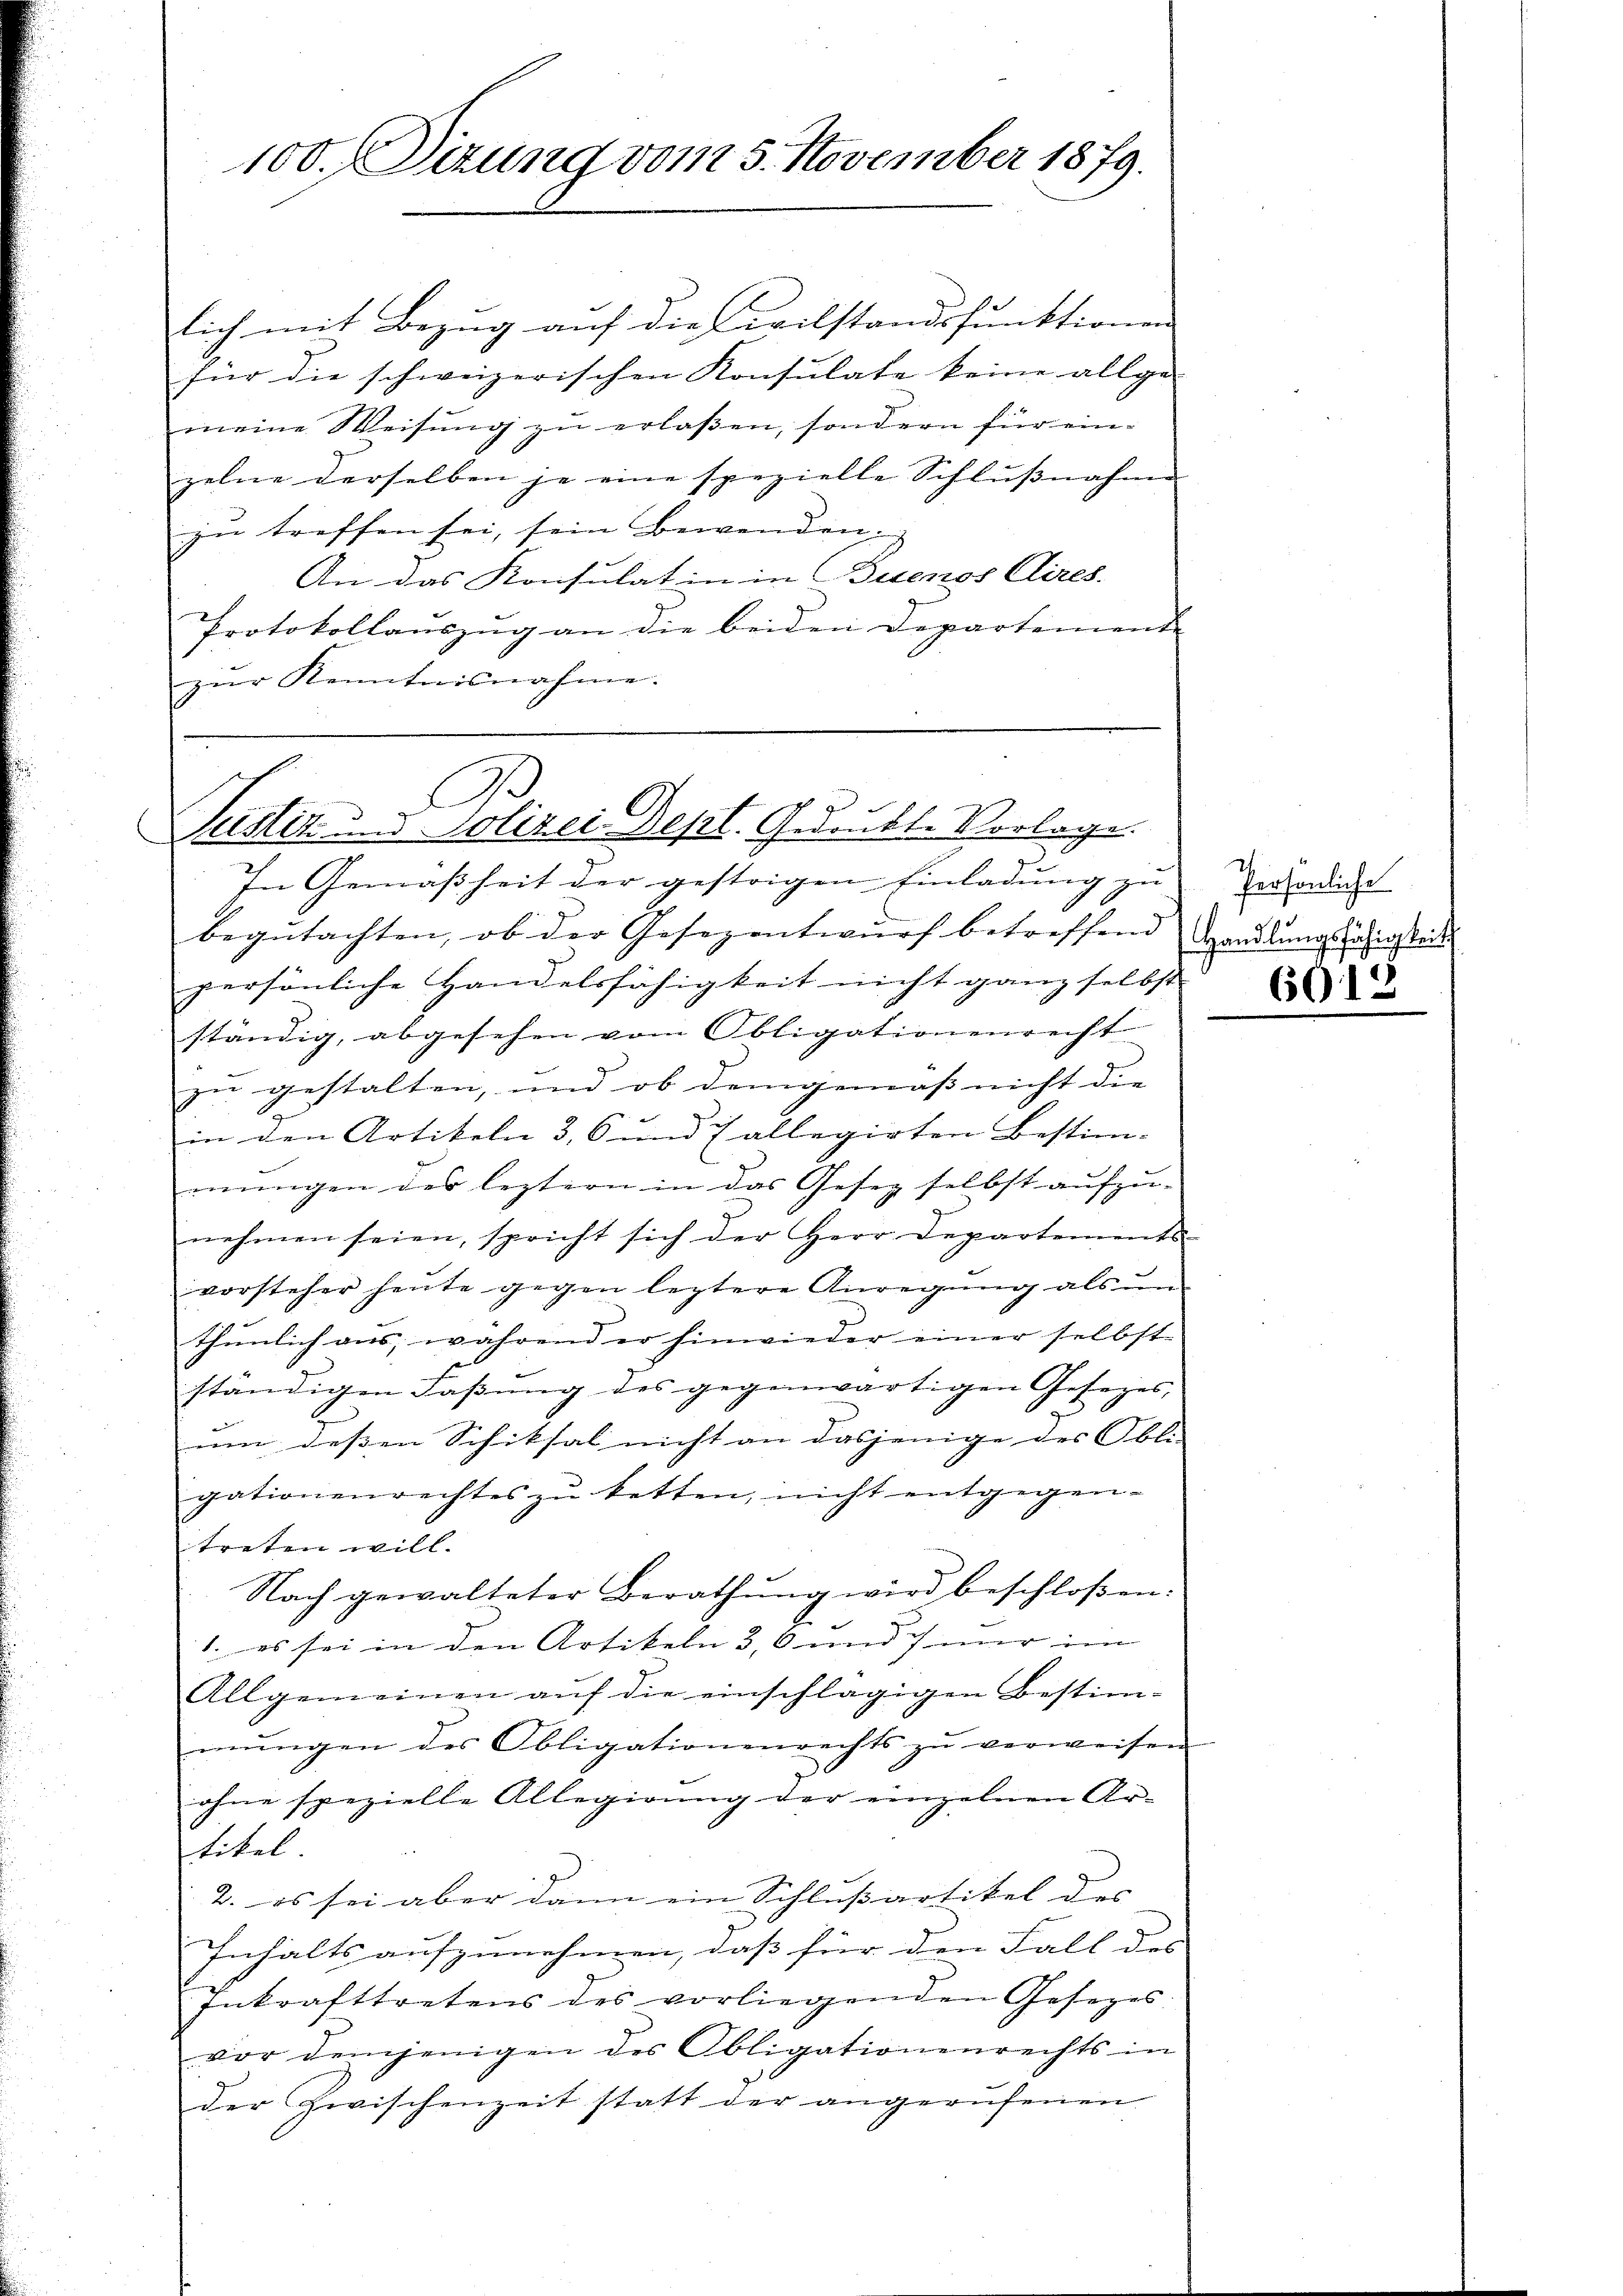
100. Dizung vom 5. November 1879.

Z
Justiz und Polizei Dept. Gedankte Vorlage.

lich mit Bezug auf die Civilstandsfunktionen
für die schweizerischen Konsulate keine allge-
meine Weisŭng zŭ erlassen, sondern für ein-
zelne derselben je eine spezielle Schlussnahme
zu treffen sei, sein Bewenden
An das Konsulat in in Buenos Aires.
Protokollauszug an die beiden Departemente
zŭr Kenntnisnahme.

In Gemäßheit der gestrigen Einladung zu
begutachten, ob der Gesezentwurf betreffend
persönliche Handelsfähigkeit nicht ganz selbst
ständig, abgesehen vom Obligationenrecht
zu gestalten, und ob demgemäss nicht die |
in den Artikeln 3, 6 und Tallegirten Bestim-
mŭngen des leztern in das Gesez selbst aufzu-
nehmen seien, spricht sich der Herr Departements-
vorsteher heute gegen leztere Anregŭng als
thunlich aus, während er hinwieder einer selbst
ständigen Faßung des gegenwärtigen Gesetzes,
um dessen Schiksal nicht an dasjenige des Obli-
gationenrechtes zŭ ketten, nicht entgegentreten will.
Nach gewalteter Berathŭng wird beschloßen:
1. es sei in den Artikeln 3, 6 und mir im
Allgemeinen auf die einschlägigen Bestim-
mŭngen des Obligationenrechts zŭ verweisen
ohne spezielle Allegirung der einzelnen Ar-
tikel
2. es sei aber dann ein Schlußartikel des
Inhalts aufzunehmen, daß für den Fall des
Inkrafttretens des vorliegenden Gesezes
vor demjenigen des Obligationenrechts in
der Zwischenzeit statt der angerufenen

.

Persönliche
Handlungsfähigkeit
d

601.